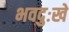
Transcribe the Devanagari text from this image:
भवदुःखे